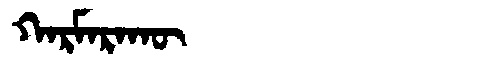
Manchu: ᡴᠠᡵᠮᠠᡵᠠᡴᡡ
Romanization: KARMARAKŪ